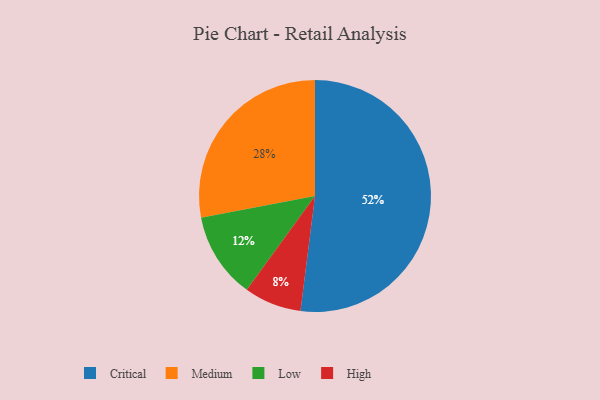
{"axis": {"x": "Category", "y": "Percentage"}, "legend": ["Critical", "High", "Low", "Medium"], "data": [{"x": "Critical", "y": 52, "type": "Critical"}, {"x": "High", "y": 8, "type": "High"}, {"x": "Low", "y": 12, "type": "Low"}, {"x": "Medium", "y": 28, "type": "Medium"}]}